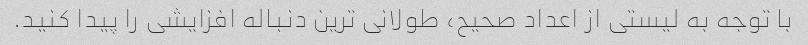
با توجه به لیستی از اعداد صحیح، طولانی ترین دنباله افزایشی را پیدا کنید.